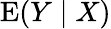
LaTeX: \operatorname{E}(Y\mid X)